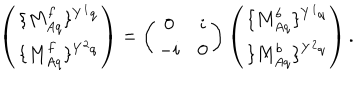
\left( \begin{array} { c } { { \{ M _ { A q } ^ { f } \} ^ { Y ^ { 1 } q } } } \\ { { \{ M _ { A q } ^ { f } \} ^ { Y ^ { 2 } q } } } \\ \end{array} \right) = \left( \begin{array} { c c } { { 0 } } & { { i } } \\ { { - i } } & { { 0 } } \\ \end{array} \right) \left( \begin{array} { c } { { \{ M _ { A q } ^ { b } \} ^ { Y ^ { 1 } q } } } \\ { { \{ M _ { A q } ^ { b } \} ^ { Y ^ { 2 } q } } } \\ \end{array} \right) .